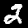
Digit: 2